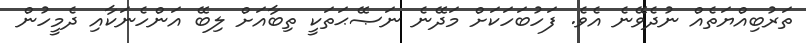
ތަރުބިއްޔަތެއް ނުދެވޭނެ އެވެ. ފަހުބަހަކަށް މަދޭނެ ނަޞޭޙަތަކީ ތިބާއަށް ލިބޭ އަންހެނަކާއި ދެމީހުން